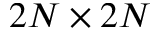
2 N \times 2 N